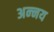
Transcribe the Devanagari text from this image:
अन्‍नय